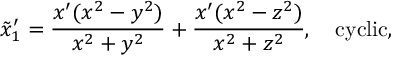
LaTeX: \tilde { x } _ { 1 } ^ { \prime } = \frac { x ^ { \prime } ( x ^ { 2 } - y ^ { 2 } ) } { x ^ { 2 } + y ^ { 2 } } + \frac { x ^ { \prime } ( x ^ { 2 } - z ^ { 2 } ) } { x ^ { 2 } + z ^ { 2 } } , \ \ \ \mathrm { c y c l i c } ,